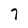
Character: 7